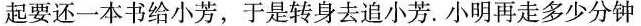
起要还一本书给小芳，于是转身去追小芳。小明再走多少分钟